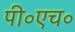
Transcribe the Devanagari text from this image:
पी॰एच॰